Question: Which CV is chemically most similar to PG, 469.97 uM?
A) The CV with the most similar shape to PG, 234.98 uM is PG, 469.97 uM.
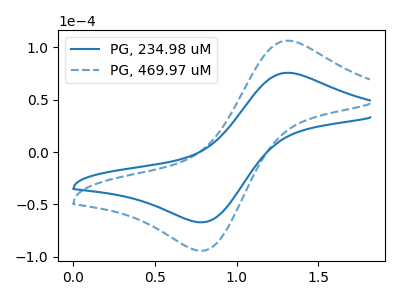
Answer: <think>The blue curve "PG, 234.98 uM" has an anodic peak at (1.30V, 75.65uA) and a cathodic peak at (0.75V, -67.00uA). The blue dashed curve "PG, 469.97 uM" has an anodic peak at (1.30V, 106.30uA) and a cathodic peak at (0.75V, -94.10uA).
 All the peaks in "PG, 234.98 uM" have a peak in "PG, 469.97 uM" at the same potential. Every peak in "PG, 234.98 uM" is lower than every peak in "PG, 469.97 uM".</think>
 <answer>A) The CV with the most similar shape to "PG, 234.98 uM" is "PG, 469.97 uM".</answer>
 <eval>A</eval>